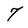
Character: 7